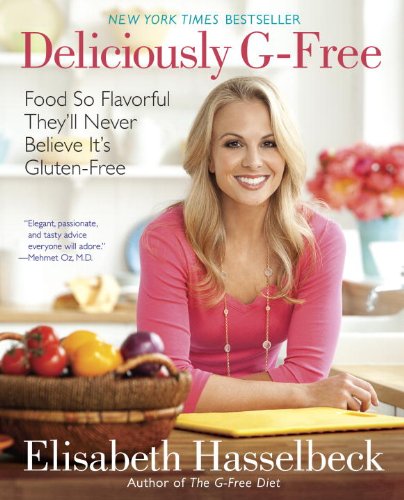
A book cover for Deliciously G-Free: Food So Flavorful They'll Never Believe It's Gluten-Free; Elisabeth Hasselbeck; Health, Fitness & Dieting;